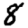
Digit: 8